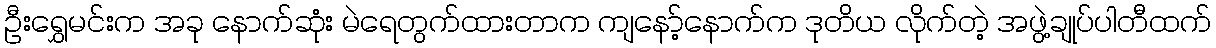
ဦးရွှေမင်းက အခု နောက်ဆုံး မဲရေတွက်ထားတာက ကျနော့်နောက်က ဒုတိယ လိုက်တဲ့ အဖွဲ့ချုပ်ပါတီထက်